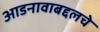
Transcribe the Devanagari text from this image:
आडनावाबद्दलचे